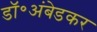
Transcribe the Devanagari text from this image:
डॉ॰अंबेडकर